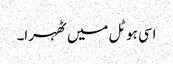
اسی ہوٹل میں ٹھہرا۔